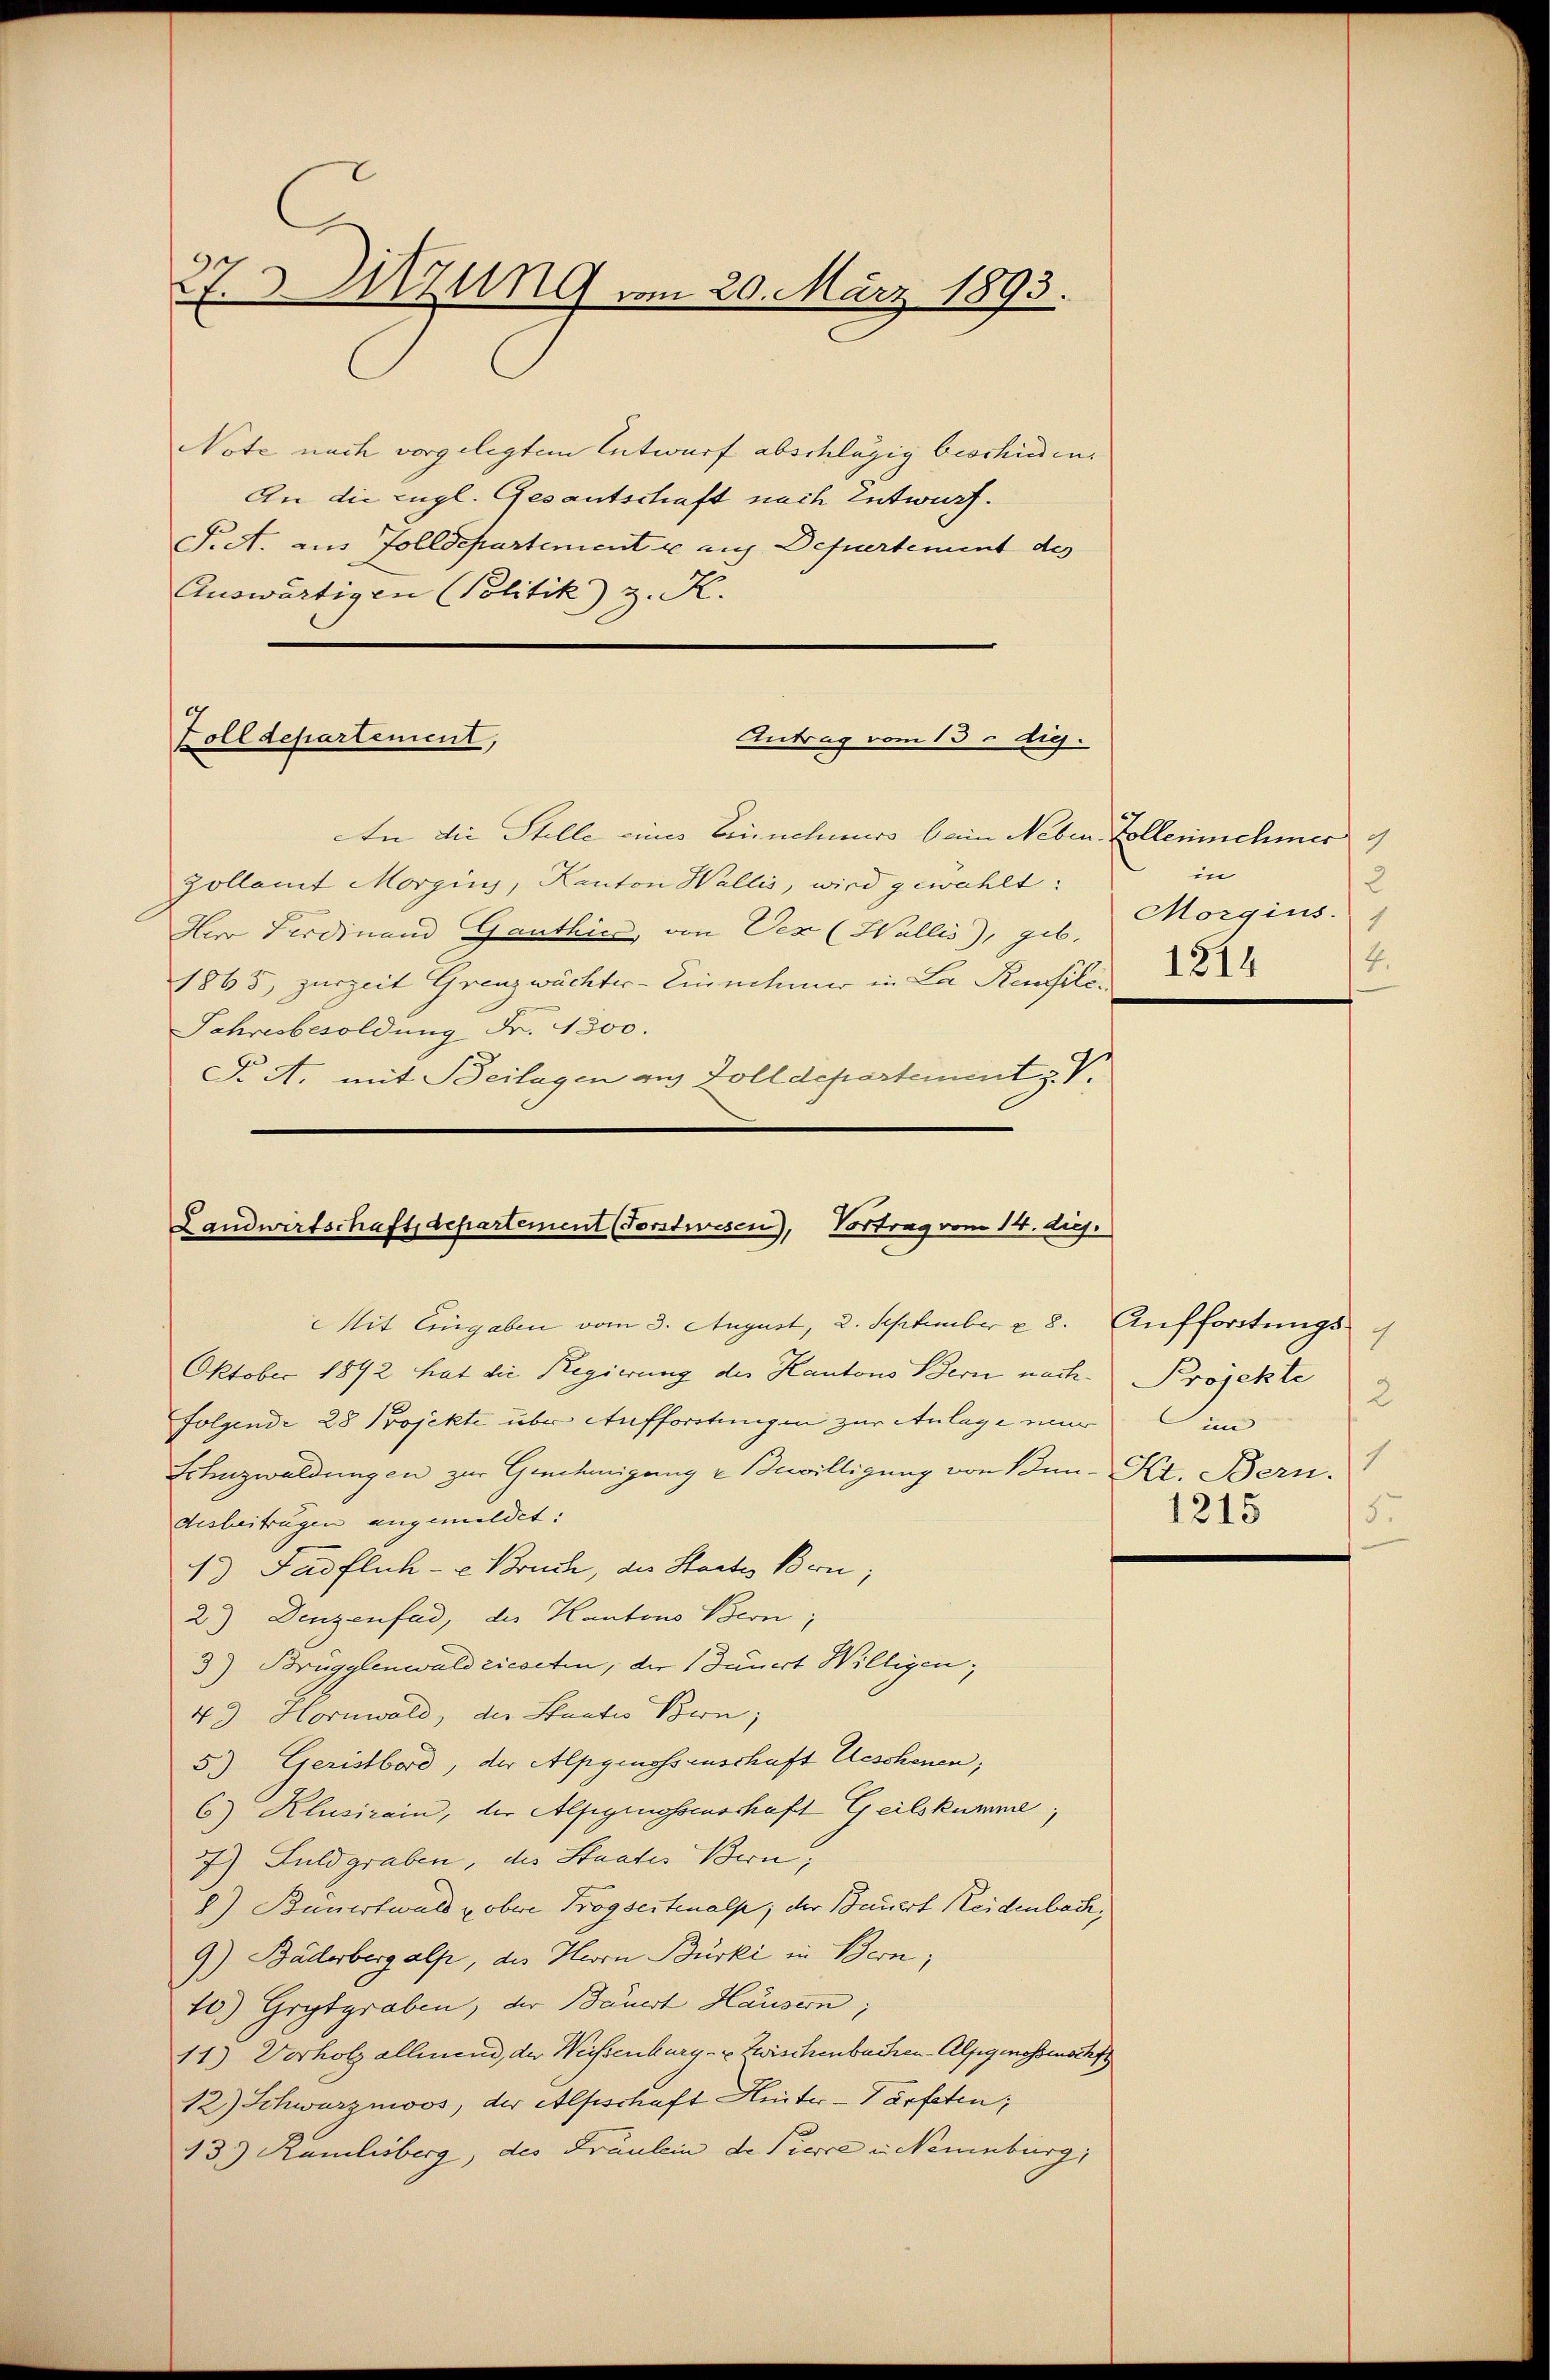
27. v. Szung vom 20. März 1893.

Note nach vorgelegtem Entwurf abschlägig beschieden.
An die Engl. Gesantschaft nach Entwurf.
Siet. aus Zolldepartement u auf Defuertement des
Auswärtigen Politik) z. K.

Antrag vom 13. diej
Zolldepartement,

An die Stelle eines Einnehmers beim Neben Zollennehmer g
Zollamt Morging, Kanton Wallis, wird gewählt:
Herr Ferdinand Ganthin, von Ver (Wallis), geb.
1865, zurzeit Grenzwächter-Einnehmer in La Reusle¬
Jahresbesoldung Fr. 1300.
F. A. mit Beilagen aus Zolldepartement V.

Landwirtschaft departement (Forstwesen), Vortrag vom 14. diej
Mit Eingaben vom 3. August, 2. September u. 8. Auffortungs-

in
2
Morgius.
4.
1214

Oktober 1892 hat die Regierung des Kantons Bern nach. Projekte
Folgende 28 Projekte über Aufforstungen zur Anlage mir im
Erlenzwaldungen zur Genehmigung u Bewilligung von Bun- Kt. Bern.
desbeitragen angemeldet:
1 Fadflich- u Bruch, die Staates Bern;
2.) Denzenfad, der Kantons Bern;
3) Brügglenwald ricocten, der Sauert Willigen;
49 Hornwald, der Staates Bern,
5.) Geristbord, der Alpgenossenschaft Geschenen,
6) Klusirain, der Alpgenossenschaft Geilskumme,
7) Guldgraben, des Staates Bern,
8) Bauertwald u. obere Trögseitenalp, der Bauert Reidenbach,
9) Bäderbergalp, des Herrn Bürki in Bern,
10.) Grytgraben, der Bauert Häusern;
11) Vorholz allmend, der Weisenburg- u. Zwischenbachen-Alpgmessensch
12) Schwarzmoos, der Alpschaft Heiter-Tärfeten;
13.) Ramlisberg, des Fräulein de Tierce in Neuenburg,

2
1
5
1215